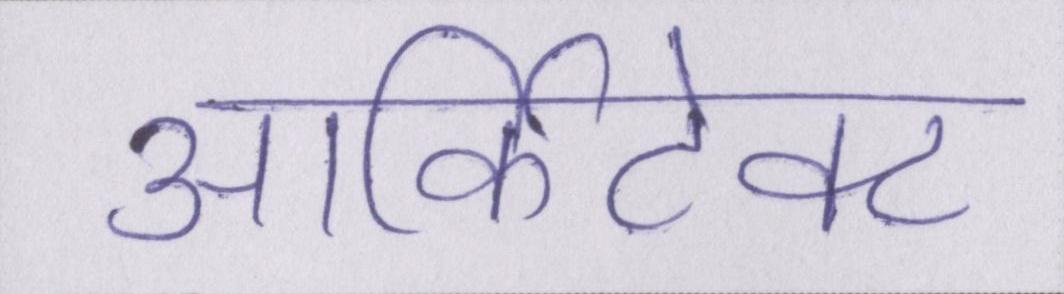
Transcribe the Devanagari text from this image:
आर्किटेक्ट